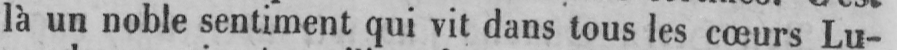
là un noble sentiment qui vit dans tous les cœurs Lu-